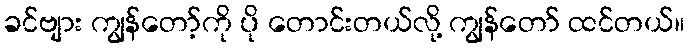
ခင်ဗျား ကျွန်တော့်ကို ပို တောင်းတယ်လို့ ကျွန်တော် ထင်တယ်။